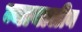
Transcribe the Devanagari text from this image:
न्यायालीन